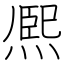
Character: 熈